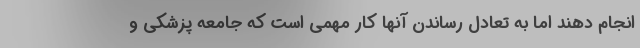
انجام دهند اما به تعادل رساندن آنها کار مهمی است که جامعه پزشکی و